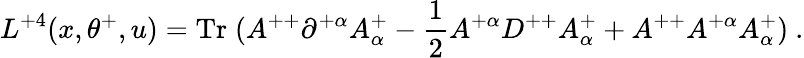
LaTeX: L^{+4}(x,\theta^{+},u)=\mathrm{Tr}\; (A^{++}\partial^{+\alpha}A_{\alpha}^{+}-{\frac{1}{2}}A^{+\alpha}D^{++}A_{\alpha}^{+}+A^{++}A^{+\alpha}A_{\alpha}^{+})\ .